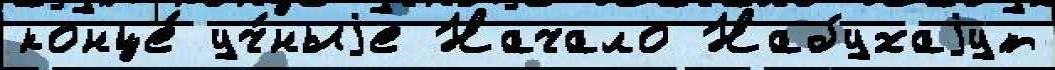
конце́ уч́ныjе Начало Набухаjут